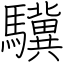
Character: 驥